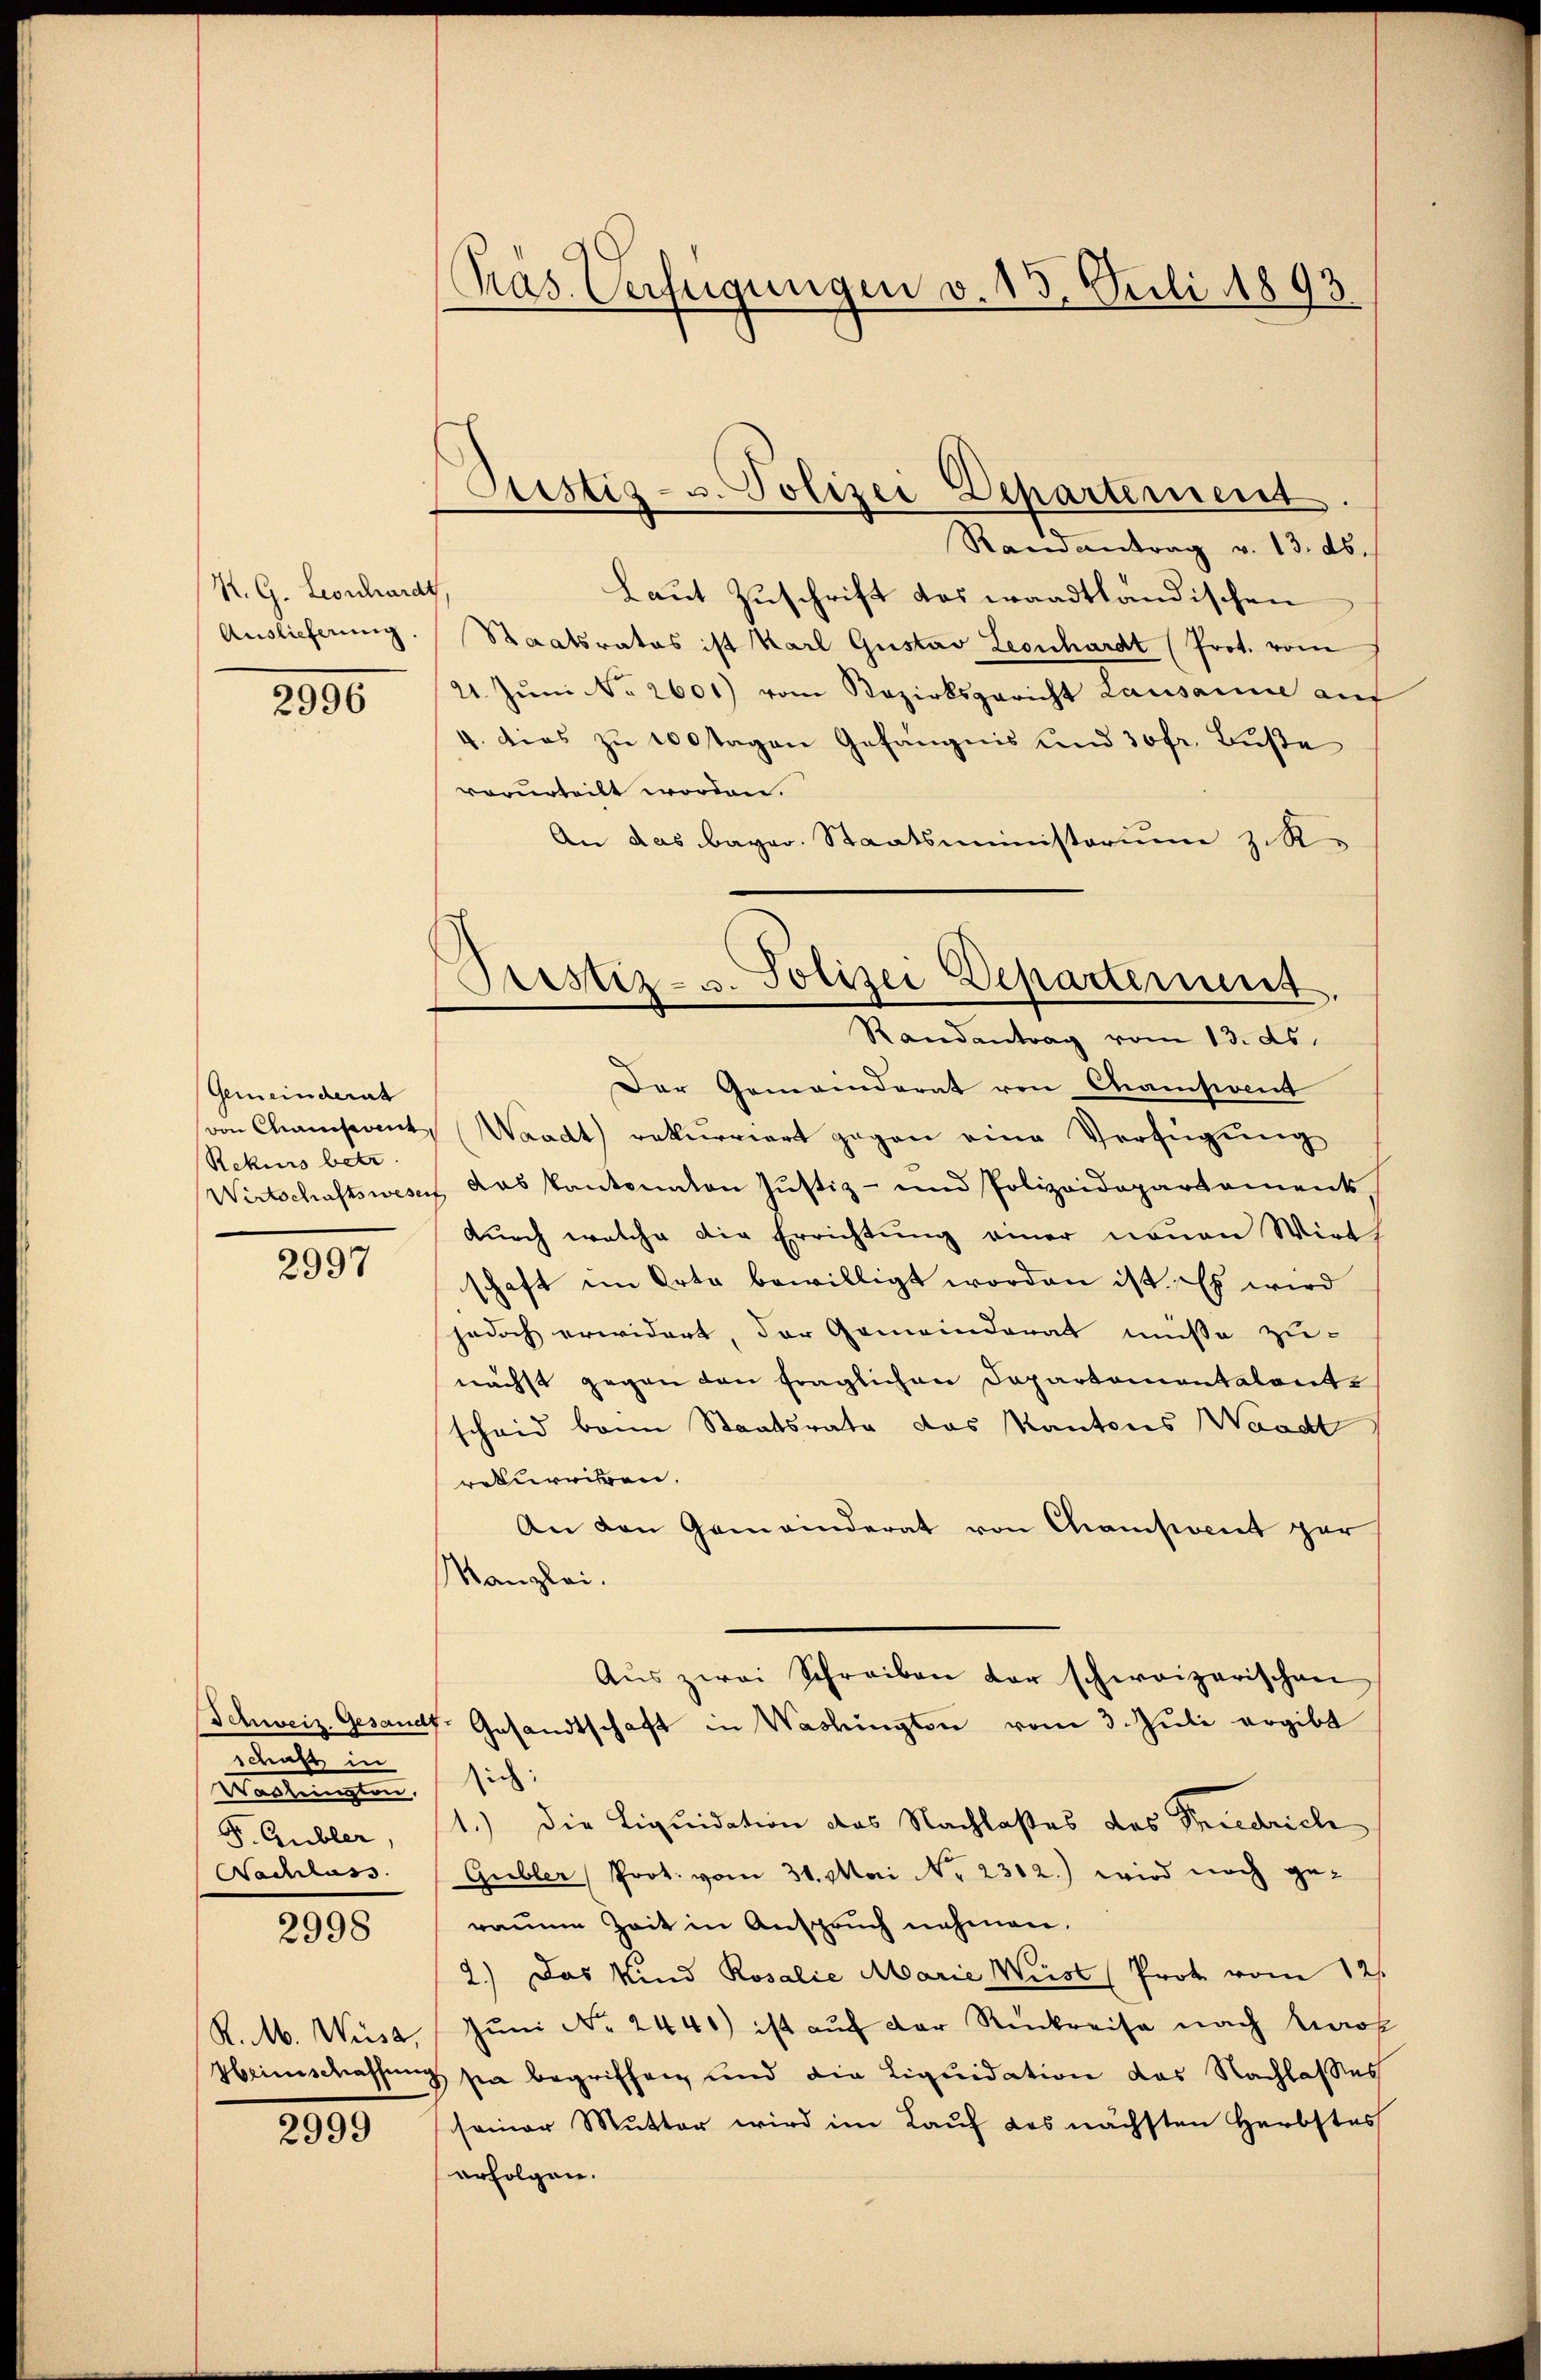
K. G. Leonhardt
Auslieferung

2996

Gemeinderat
von Chaisant
Rekurs betr

2997

schaft in
Washingen
F. Gubler,
Nachlass

2998

R. M. Weise,
Hbeinschaffung

2999

Präs. Verfügungen v. 15. Juli 1893

Bestiz- u. Polizei Departement

Prestiz- u. Polizei Departement
Randantrag vom 13. ds.

Ramantrag v. 13. ds.
Laut Zuschrift das waadtländischen
Staatsrates ist Karl Gustav Leonhardt (Prot. vom
21. Jŭni No 2601) vom Bezirksgericht Lausanne auf
4. dies zu 100 Tagen Gefängnis und 30 fr. Buße
vorurteilt worden.
An das Bayer. Staatsministerium z. R.
Der Gemeinderat von Chamstant
Waadt) rekurriert gegen eine Verfügung
Wirtschaftswesen das kantonaten Justiz- und Polizeidepartament,
durch welche die Errichtung einer neuen Wirt
schaft im Orte bewilligt worden ist. Es wird
jedoch erwidert, der Gemeinderat müsse zu-
nächst gegen von fraglichen Dapartamentalentscheid beim Staatsrate das Kantons Waadt
rekurriren.
An den Gemeinderat von Chamsociet gar
Kanzlei.
Aŭs zwei Schreiben der schweizerischen
Schweiz. Gesandt, Gesandtschaft in Washington vom 3. Juli ergibt
sich:
1.) Die Liquidation des Nachlaßes des Friedrich
Gubler Prot. vom 31. Mai Nr. 2312.) wird noch ge-
raume Zeit in Anspruch nehmen.
2.) Das Kind Rosalie Marie Weist Prot vom 12.
Jŭni No 2440) ist auf der Rückreise nach Kaok
sa begriffen und die Liquidation das Nachlasses
seiner Mutter wird im Lauf des nächsten Herbstes
erfolgen.